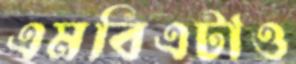
এমবিএটাও